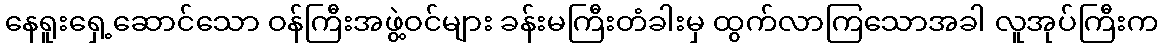
နေရူးရှေ့ဆောင်သော ဝန်ကြီးအဖွဲ့ဝင်များ ခန်းမကြီးတံခါးမှ ထွက်လာကြသောအခါ လူအုပ်ကြီးက